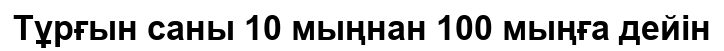
Тұрғын саны 10 мыңнан 100 мыңға дейін